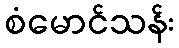
စံမောင်သန်း